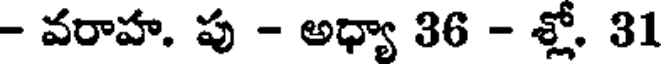
- వరాహ. పు - అధ్యా 36 - శ్లో. 31